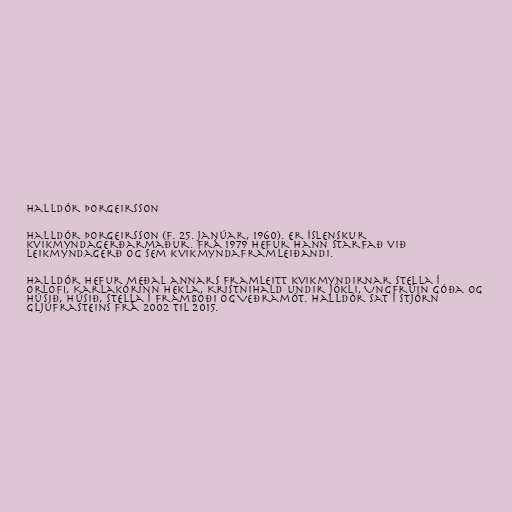
Halldór Þorgeirsson

Halldór Þorgeirsson (f. 25. janúar, 1960). er íslenskur
kvikmyndagerðarmaður. Frá 1979 hefur hann starfað við
leikmyndagerð og sem kvikmyndaframleiðandi.

Halldór hefur meðal annars framleitt kvikmyndirnar Stella í
orlofi, Karlakórinn Hekla, Kristnihald undir Jökli, Ungfrúin góða og
húsið, Húsið, Stella í framboði og Veðramót. Halldór sat í stjórn
Gljúfrasteins frá 2002 til 2015.